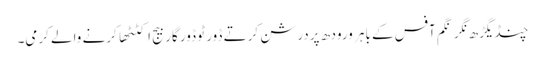
چنڈیگڑھ نگر نگم آفس کے باہر ورودھ پردرشن کرتے ڈور ٹو ڈور گاربیج اکٹٹھا کرنے والے کرمی۔